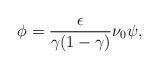
LaTeX: \begin{align*}\phi=\frac{\epsilon}{\gamma(1-\gamma)} \nu_0\psi, \end{align*}